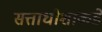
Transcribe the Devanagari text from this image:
सत्ताधीशांकडे